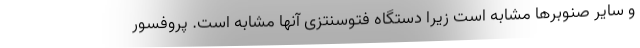
و سایر صنوبرها مشابه است زیرا دستگاه فتوسنتزی آنها مشابه است. پروفسور